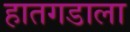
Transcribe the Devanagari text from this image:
हातगडाला